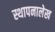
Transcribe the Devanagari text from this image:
स्थापनालेख